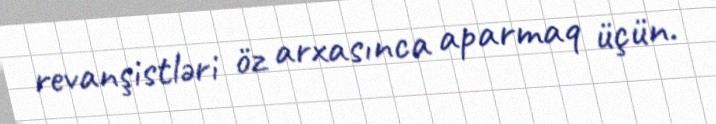
revanşistləri öz arxasınca aparmaq üçün.